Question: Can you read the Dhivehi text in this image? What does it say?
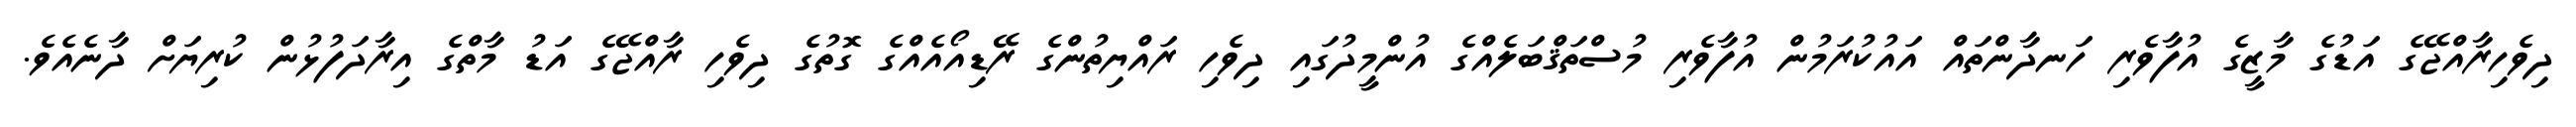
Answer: ދިވެހިރާއްޖޭގެ އަޑުގެ މާޒީގެ އުފާވެރި ހަނދާންތައް އައުކުރަމުން އުފާވެރި މުސްތަޤްބަލެއްގެ އުންމީދުގައި ދިވެހި ރައްޔިތުންގެ ރޭޑިއޯއެއްގެ ގޮތުގެ ދިވެހި ރާއްޖޭގެ އަޑު މާތްގެ އިރާދަފުޅުން ކުރިޔަށް ދާނެއެވެ.